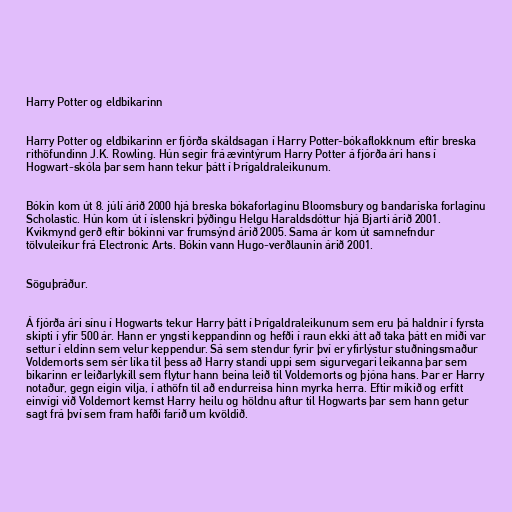
Harry Potter og eldbikarinn

Harry Potter og eldbikarinn er fjórða skáldsagan í Harry Potter-bókaflokknum eftir breska
rithöfundinn J.K. Rowling. Hún segir frá ævintýrum Harry Potter á fjórða ári hans í
Hogwart-skóla þar sem hann tekur þátt í Þrígaldraleikunum.

Bókin kom út 8. júlí árið 2000 hjá breska bókaforlaginu Bloomsbury og bandaríska forlaginu
Scholastic. Hún kom út í íslenskri þýðingu Helgu Haraldsdóttur hjá Bjarti árið 2001.
Kvikmynd gerð eftir bókinni var frumsýnd árið 2005. Sama ár kom út samnefndur
tölvuleikur frá Electronic Arts. Bókin vann Hugo-verðlaunin árið 2001.

Söguþráður.

Á fjórða ári sínu í Hogwarts tekur Harry þátt í Þrígaldraleikunum sem eru þá haldnir í fyrsta
skipti í yfir 500 ár. Hann er yngsti keppandinn og hefði í raun ekki átt að taka þátt en miði var
settur í eldinn sem velur keppendur. Sá sem stendur fyrir því er yfirlýstur stuðningsmaður
Voldemorts sem sér líka til þess að Harry standi uppi sem sigurvegari leikanna þar sem
bikarinn er leiðarlykill sem flytur hann beina leið til Voldemorts og þjóna hans. Þar er Harry
notaður, gegn eigin vilja, í athöfn til að endurreisa hinn myrka herra. Eftir mikið og erfitt
einvígi við Voldemort kemst Harry heilu og höldnu aftur til Hogwarts þar sem hann getur
sagt frá því sem fram hafði farið um kvöldið.